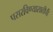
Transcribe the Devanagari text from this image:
पसरविण्यासाठीची